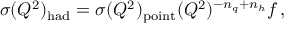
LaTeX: \sigma ( Q ^ { 2 } ) _ { \mathrm { h a d } } = \sigma ( Q ^ { 2 } ) _ { \mathrm { p o i n t } } ( Q ^ { 2 } ) ^ { - n _ { q } + n _ { h } } f \, ,